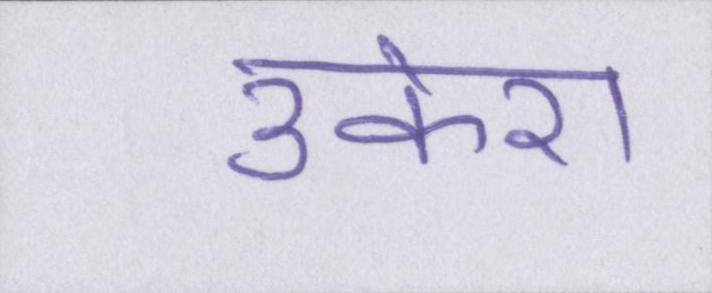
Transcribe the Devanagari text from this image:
उकेरा